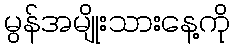
မွန်အမျိုးသားနေ့ကို